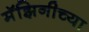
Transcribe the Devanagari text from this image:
मॅझिनीच्या